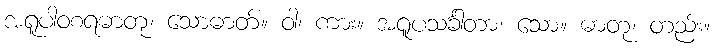
အရူပါဝစရဓာတု၊ သောဓာတ်။ ဝါ၊ ကား။ အရူပသင်္ခါတာ၊ သော။ ဓာတု၊ တည်း။